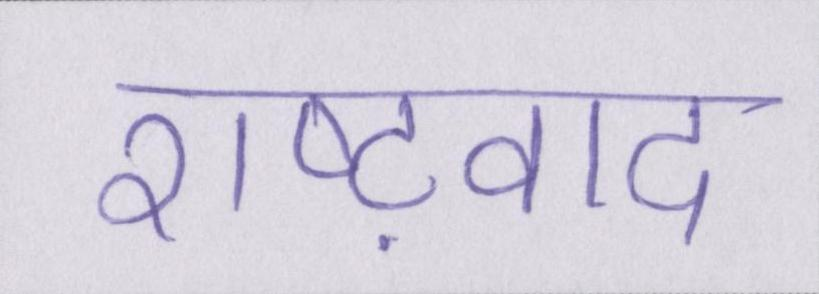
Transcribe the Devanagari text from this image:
राष्ट्रवाद